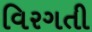
વિરગતી